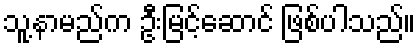
သူ့နာမည်က ဦးမြင့်ဆောင် ဖြစ်ပါသည်။